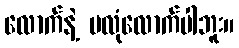
လောက်နဲ့ မလုံလောက်ပါဘူး။